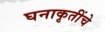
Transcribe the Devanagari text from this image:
घनाकृतींचे